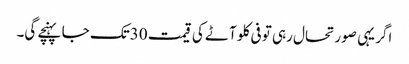
اگر یہی صورتحال رہی تو فی کلو آٹے کی قیمت 30تک جا پہنچے گی۔